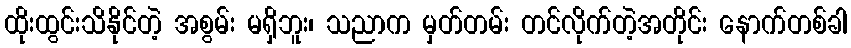
ထိုးထွင်းသိနိုင်တဲ့ အစွမ်း မရှိဘူး၊ သညာက မှတ်တမ်း တင်လိုက်တဲ့အတိုင်း နောက်တစ်ခါ